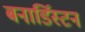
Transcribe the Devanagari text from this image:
बनार्डिस्टन